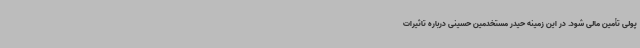
پولی تأمین مالی شود. در این زمینه حیدر مستخدمین حسینی درباره تاثیرات